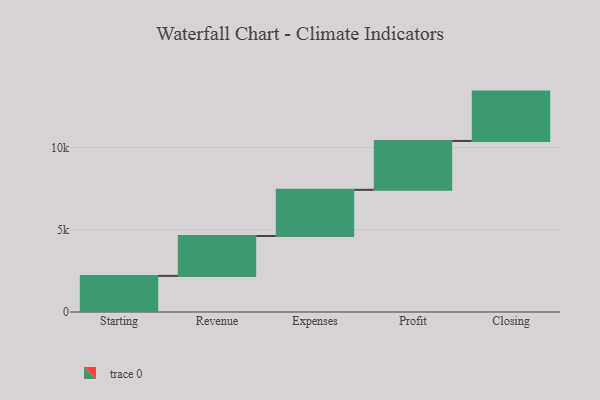
{"axis": {"x": "Step", "y": "Value"}, "legend": [""], "data": [{"x": "Starting", "y": 2196.0, "type": ""}, {"x": "Revenue", "y": 2427.0, "type": ""}, {"x": "Expenses", "y": 2806.0, "type": ""}, {"x": "Profit", "y": 2973.0, "type": ""}, {"x": "Closing", "y": 3000, "type": ""}]}